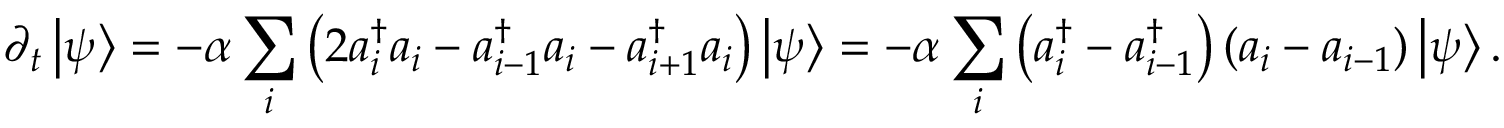
\partial _ { t } \left| \psi \right\rangle = - \alpha \sum _ { i } \left( 2 a _ { i } ^ { \dagger } a _ { i } - a _ { i - 1 } ^ { \dagger } a _ { i } - a _ { i + 1 } ^ { \dagger } a _ { i } \right) \left| \psi \right\rangle = - \alpha \sum _ { i } \left( a _ { i } ^ { \dagger } - a _ { i - 1 } ^ { \dagger } \right) ( a _ { i } - a _ { i - 1 } ) \left| \psi \right\rangle .